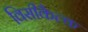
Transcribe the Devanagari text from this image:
विसीकैल्क